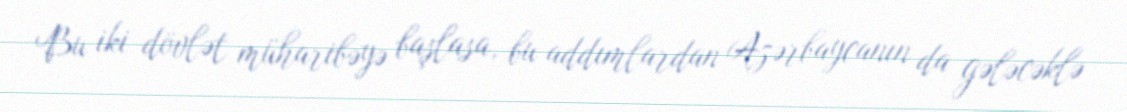
Bu iki dövlət müharibəyə başlasa, bu addımlardan Azərbaycanın da gələcəklə